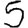
Digit: 5